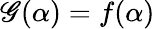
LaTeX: \mathscr{G}(\alpha)=f(\alpha)